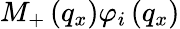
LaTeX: {{M}_{+}}\left({{q}_{x}}\right){{\varphi}_{i}}\left({{q}_{x}}\right)